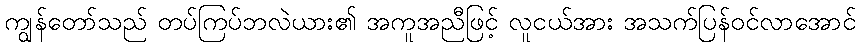
ကျွန်တော်သည် တပ်ကြပ်ဘလဲယား၏ အကူအညီဖြင့် လူငယ်အား အသက်ပြန်ဝင်လာအောင်